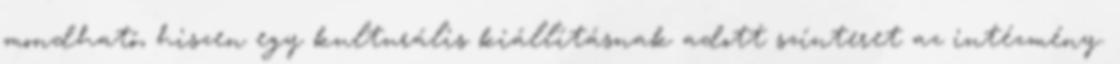
mondható, hiszen egy kulturális kiállításnak adott színteret az intézmény.